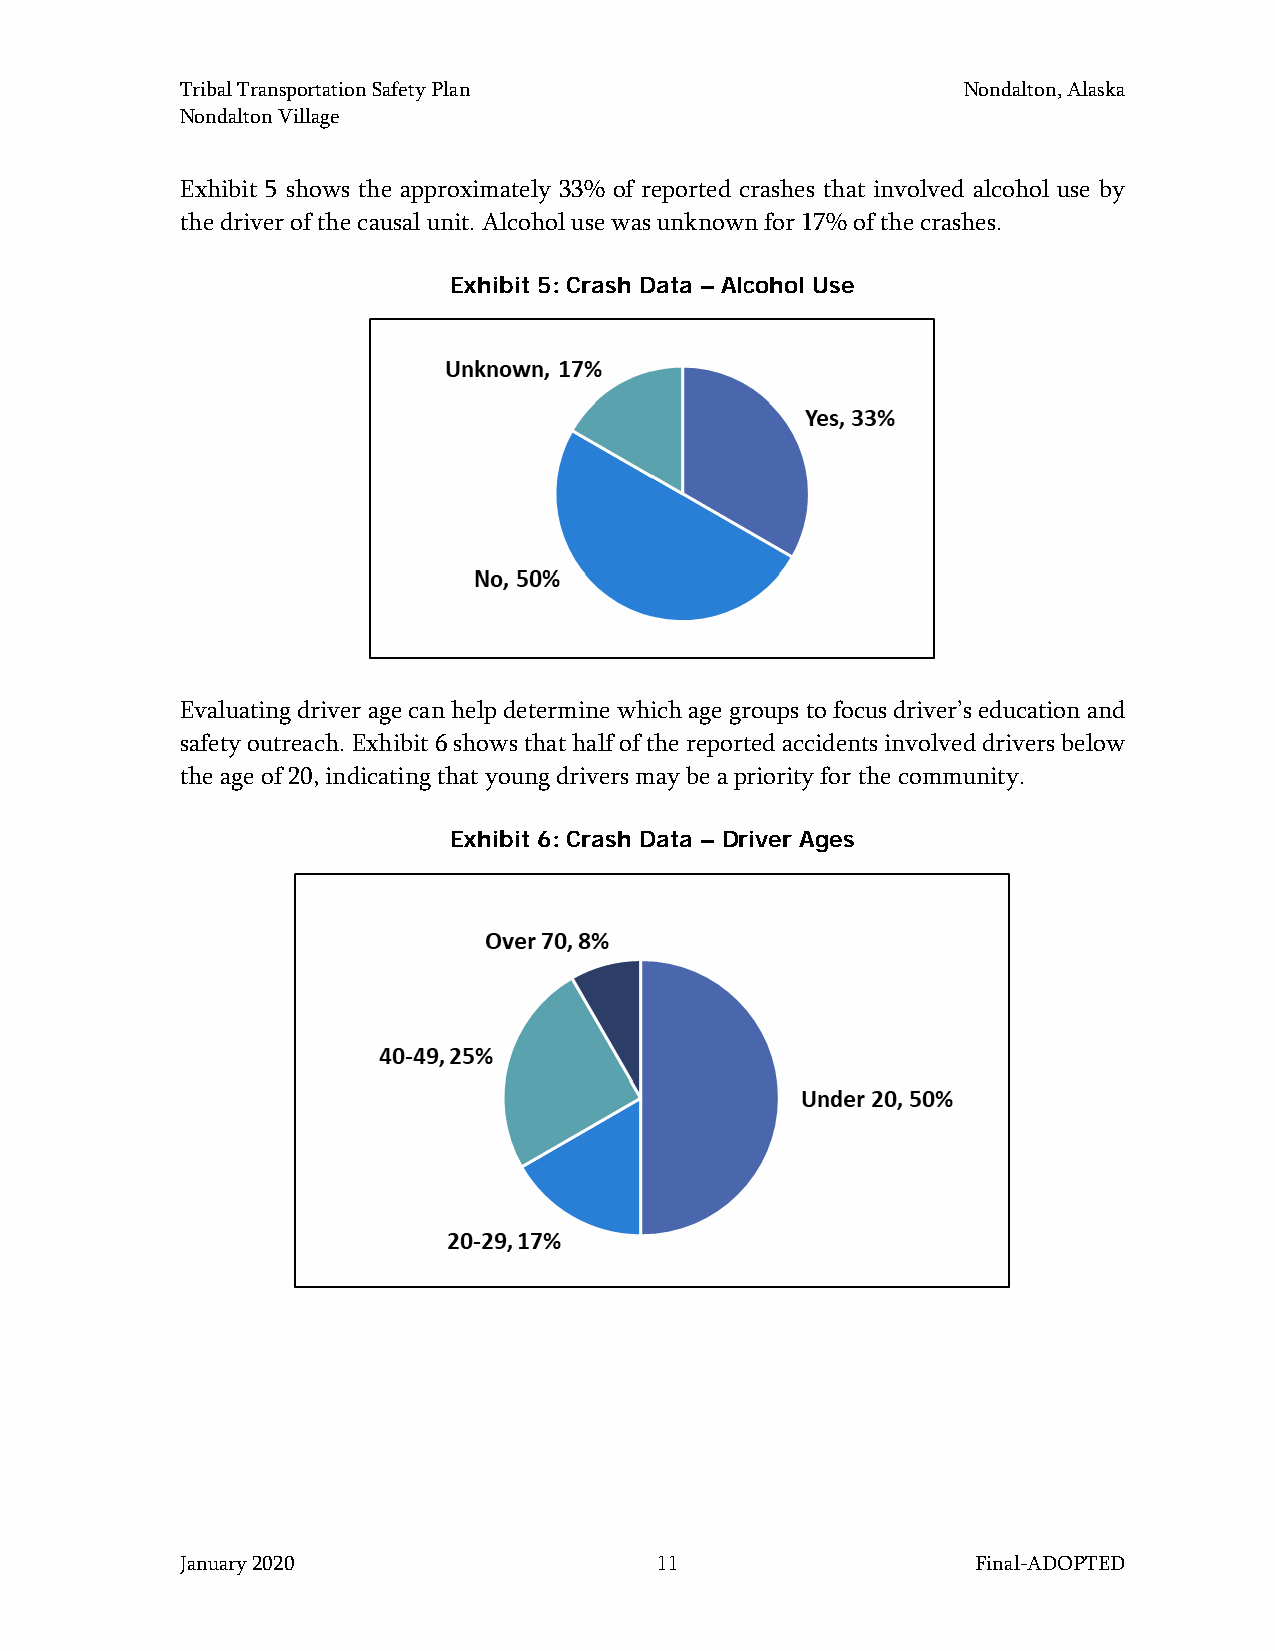
Tribal Transportation Safety Plan                   Nondalton, Alaska
 Nondalton Village
 Exhibit 5 shows the approximately 33% of reported crashes that involved alcohol use by
 the driver of the causal unit. Alcohol use was unknown for 17% of the crashes.
 Exhibit 5: Crash Data – Alcohol Use
 Evaluating driver age can help determine which age groups to focus driver’s education and
 safety outreach. Exhibit 6 shows that half of the reported accidents involved drivers below
 the age of 20, indicating that young drivers may be a priority for the community.
 Exhibit 6: Crash Data – Driver Ages
 January 2020                    11                   Final-ADOPTED